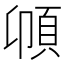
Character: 𩑝